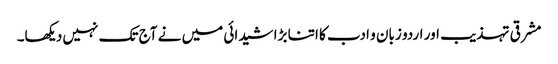
مشرقی تہذیب اور اردو زبان و ادب کا اتنا بڑا شیدائی میں نے آج تک نہیں دیکھا۔